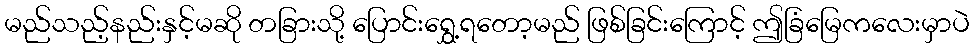
မည်သည့်နည်းနှင့်မဆို တခြားသို့ ပြောင်းရွှေ့ရတော့မည် ဖြစ်ခြင်းကြောင့် ဤခြံမြေကလေးမှာပဲ